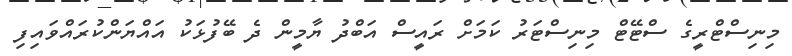
މިނިސްޓްރީގެ ސްޓޭޓް މިނިސްޓަރު ކަމަށް ރައީސް އަބްދު ޔާމީން ދެ ބޭފުޅަކު އައްޔަންކުރައްވައިފި